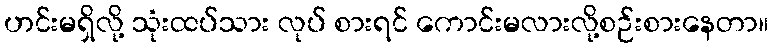
ဟင်းမရှိလို့ သုံးထပ်သား လုပ် စားရင် ကောင်းမလားလို့စဉ်းစားနေတာ။